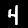
Label: 4